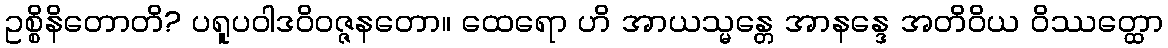
ဥစ္စိနိတောတိ? ပရူပဝါဒဝိဝဇ္ဇနတော။ ထေရော ဟိ အာယသ္မန္တေ အာနန္ဒေ အတိဝိယ ဝိဿတ္ထော